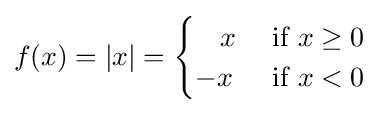
f(x)=|x|={\begin{cases}\;\;\ x&{\text{ if }}x\geq 0\\-x&{\text{ if }}x<0\end{cases}}